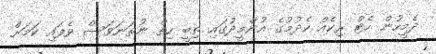
ދެމީހުން ހެޓް ރިކެއް ހެދުމުގެ އުންމީދުގައި ތިބީ ހިތް ނުތަނަވަސް ވެފައި ކަމަށް